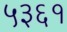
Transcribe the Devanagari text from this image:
५३६१